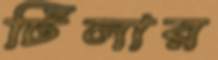
টিলার